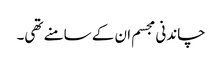
چاندنی مجسم ان کے سامنے تھی۔